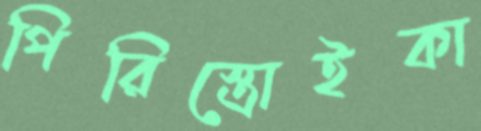
পিরিস্ত্রোইকা